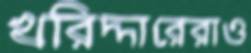
খরিদ্দারেরাও